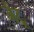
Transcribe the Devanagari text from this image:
जेंटू